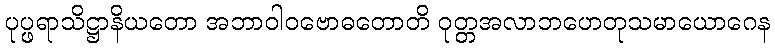
ပုပ္ဖရာသိဋ္ဌာနိယတော အဘာဝါဝဗောဓတောတိ ဝုတ္တအလာဘဟေတုသမာယောဂေန